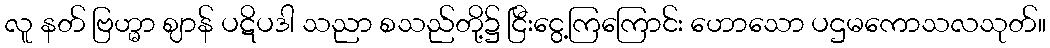
လူ နတ် ဗြဟ္မာ ဈာန် ပဋိပဒါ သညာ စသည်တို့၌ ငြီးငွေ့ကြကြောင်း ဟောသော ပဌမကောသလသုတ်။